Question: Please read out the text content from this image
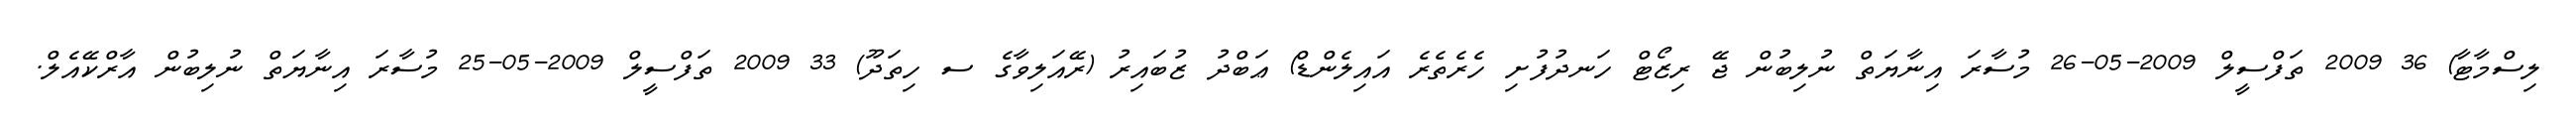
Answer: ލިސްމާޓާ) 36 2009 ތަފްސީލް 2009-05-26 މުސާރަ އިނާޔަތް ނުލިބުން ޖޭ ރިޒޯޓް ހަނދުފުށި ހެރެތެރެ އައިލެންޑް) ޢަބްދު ޒުބައިރު (ރޭއަލިވާގެ ސ ހިތަދޫ) 33 2009 ތަފްސީލް 2009-05-25 މުސާރަ އިނާޔަތް ނުލިބުން އާރްކޭއެލް.